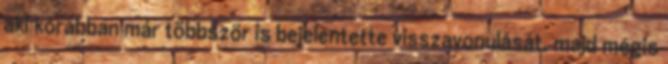
aki korábban már többször is bejelentette visszavonulását, majd mégis